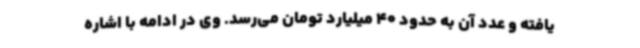
یافته و عدد آن به حدود 40 میلیارد تومان می‌رسد. وی در ادامه با اشاره